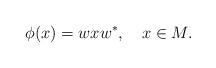
LaTeX: \begin{align*}\phi(x)=wxw^*,\ \ \ x\in M.\end{align*}